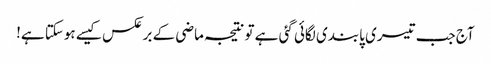
آج جب تیسری پابندی لگائی گئی ہے تو نتیجہ ماضی کے برعکس کیسے ہوسکتا ہے!